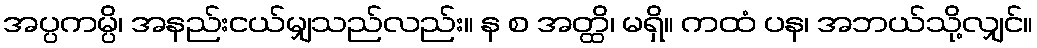
အပ္ပကမ္ပိ၊ အနည်းငယ်မျှသည်လည်း။ န စ အတ္ထိ၊ မရှိ။ ကထံ ပန၊ အဘယ်သို့လျှင်။